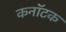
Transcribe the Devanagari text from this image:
कनॉटक